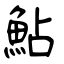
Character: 鮎